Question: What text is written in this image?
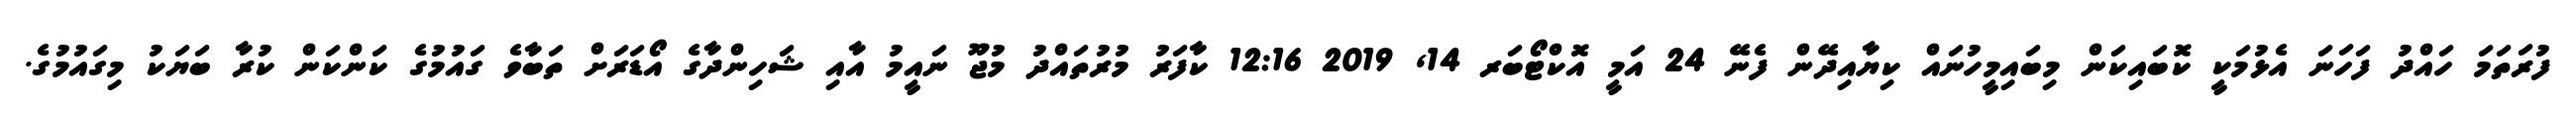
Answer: ފުރަތަމަ ހައްދު ފަހަނަ އެޅުމަކީ ކޮބައިކަން މިބައިމީހުނައް ކިޔާއިދޭން ފެނޭ 24 އަމީ އޮކްޓޯބަރ 14, 2019 12:16 ކާފަރު މުރުތައްދު މުޖޫ ނައީމު އާއި ޝަހިންދާގެ އޯޑަރަށް ތަބާވެ ގައުމުގެ ކަންކަން ކުރާ ބަޔަކު މިގައުމުގެ.